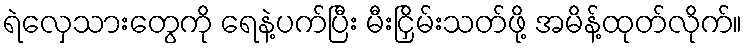
ရဲလှေသားတွေကို ရေနဲ့ပက်ပြီး မီးငြှိမ်းသတ်ဖို့ အမိန့်ထုတ်လိုက်။